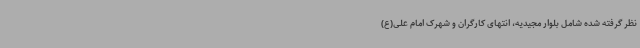
نظر گرفته شده شامل بلوار مجیدیه، انتهای کارگران و شهرک امام علی(ع)